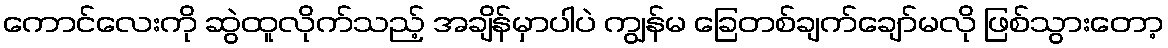
ကောင်လေးကို ဆွဲထူလိုက်သည့် အချိန်မှာပါပဲ ကျွန်မ ခြေတစ်ချက်ချော်မလို ဖြစ်သွားတော့